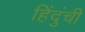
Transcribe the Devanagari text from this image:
हिंदुंची